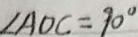
\angle A O C = 9 0 ^ { \circ }